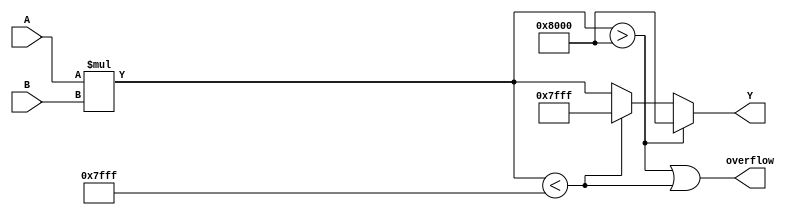
module ParamMultiplier #(
    parameter WIDTH_A = 8,  // Width of operand A
    parameter WIDTH_B = 8   // Width of operand B
)(
    input  signed [WIDTH_A-1:0] A, // Operand A
    input  signed [WIDTH_B-1:0] B, // Operand B
    output signed [WIDTH_A + WIDTH_B - 1:0] Y, // Output product
    output overflow // Overflow flag
);

    // Internal wire for multiplication result
    wire signed [WIDTH_A + WIDTH_B - 1:0] product;
    
    // Perform multiplication
    assign product = A * B;

    // Handle overflow
    assign Y = (product > {1'b1, {(WIDTH_A + WIDTH_B - 1){1'b0}}}) ? 
               {1'b1, {(WIDTH_A + WIDTH_B - 1){1'b0}}} : // Saturate to max value
               (product < {1'b0, {(WIDTH_A + WIDTH_B - 1){1'b1}}}) ?
               {1'b0, {(WIDTH_A + WIDTH_B - 1){1'b1}}} : // Saturate to min value
               product;

    assign overflow = (product > {1'b1, {(WIDTH_A + WIDTH_B - 1){1'b0}}}) || 
                      (product < {1'b0, {(WIDTH_A + WIDTH_B - 1){1'b1}}});

endmodule